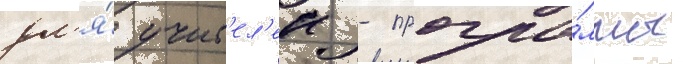
дл'я́ учит'ел'еи - програ́ммы